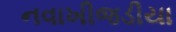
નવાખીજડીયા